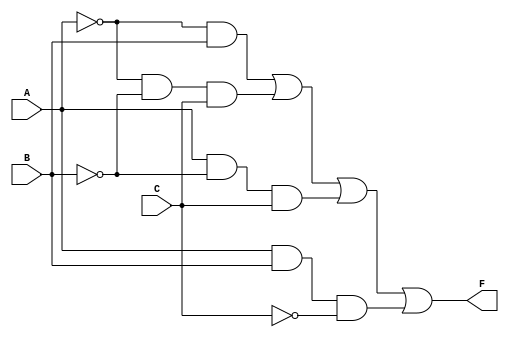
module sop_simplification (
    input wire A,    // Input A
    input wire B,    // Input B
    input wire C,    // Input C
    output wire F    // Output F
);

// Internal signals for the product terms
wire term1; // Term for minterm 1: ~A & B
wire term2; // Term for minterm 2: ~A & ~B & C
wire term3; // Term for minterm 5: A & ~B & C
wire term4; // Term for minterm 6: A & B & ~C

// Define the product terms
assign term1 = ~A & B;                   // ~A * B
assign term2 = ~A & ~B & C;              // ~A * ~B * C
assign term3 = A & ~B & C;               // A * ~B * C
assign term4 = A & B & ~C;               // A * B * ~C

// Final output using OR operation
assign F = term1 | term2 | term3 | term4; // F = term1 + term2 + term3 + term4

endmodule